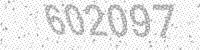
Solution: 602097